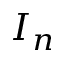
I _ { n }